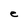
Character: e